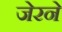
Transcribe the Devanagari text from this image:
जेरने